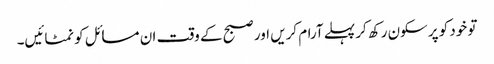
تو خود کو پرسکون رکھ کر پہلے آرام کریں اور صبح کے وقت ان مسائل کو نمٹائیں۔